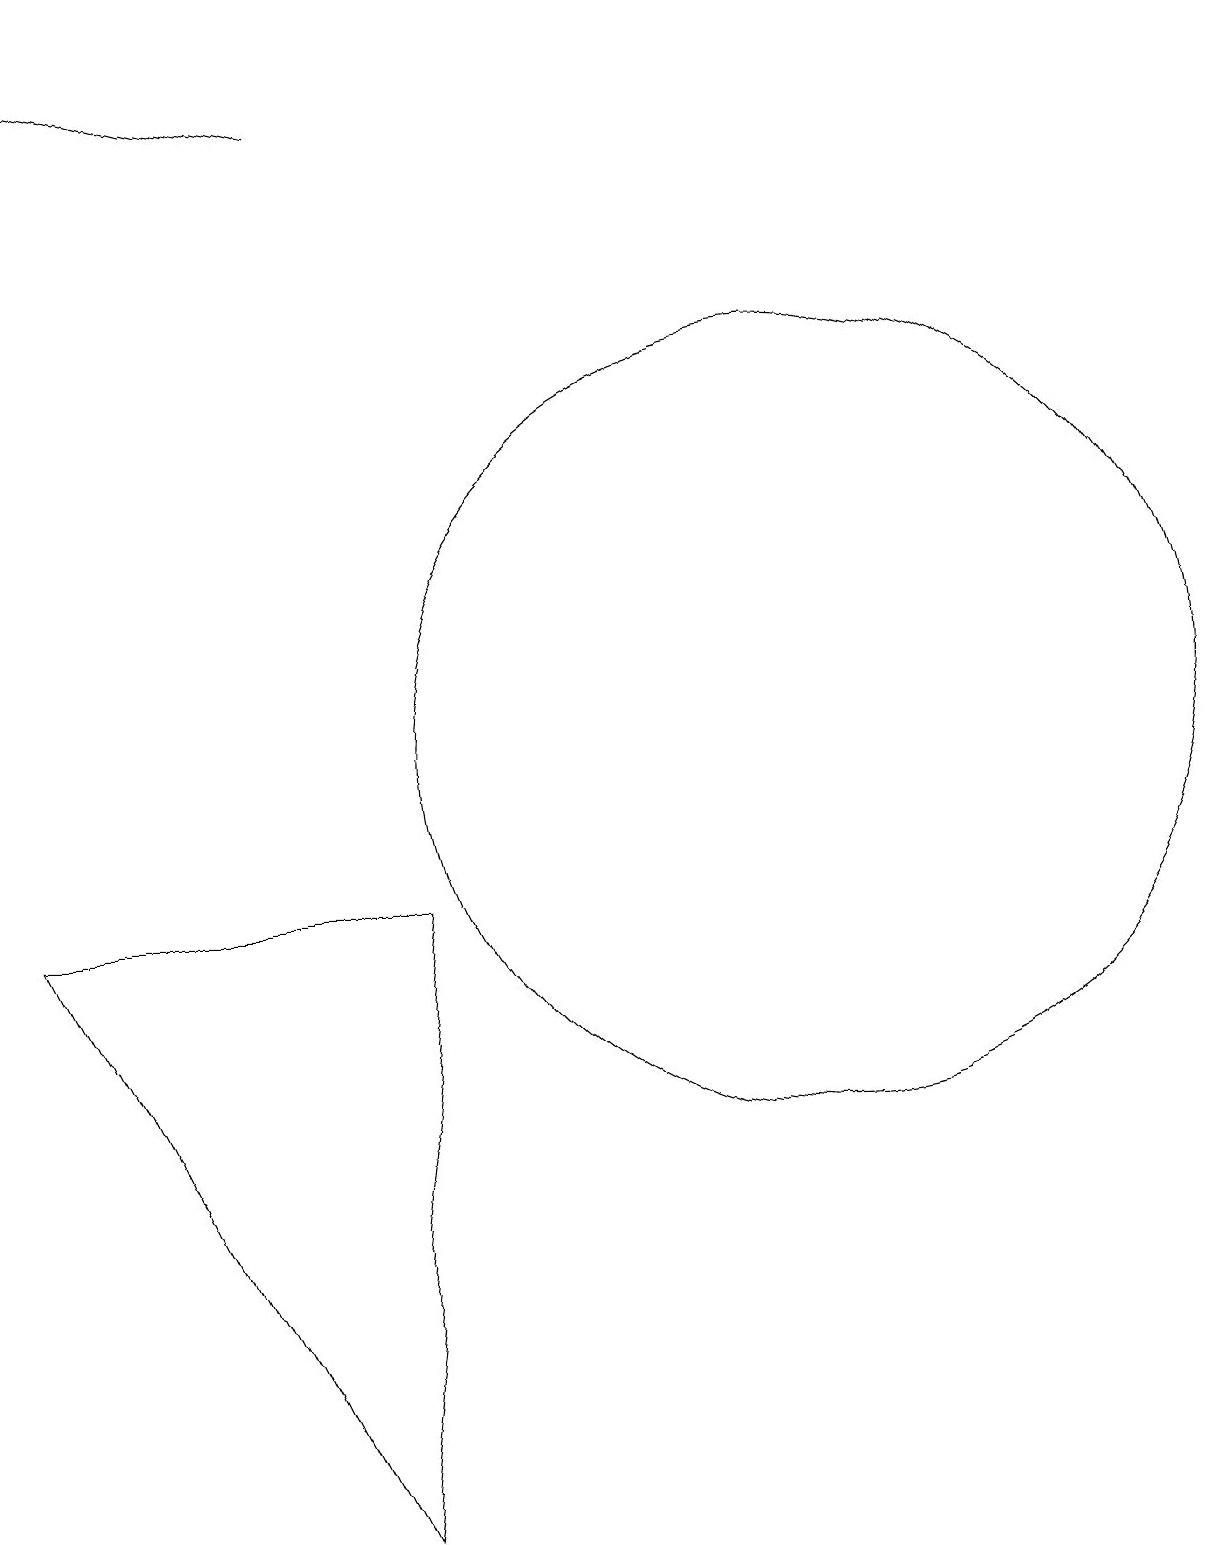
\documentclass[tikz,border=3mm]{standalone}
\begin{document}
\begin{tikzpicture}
\draw[->] (5,18) -- (1,19);
\draw (11,10) circle (5);
\draw (6,8) -- (1,8) -- (5,0) -- cycle;
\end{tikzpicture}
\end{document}